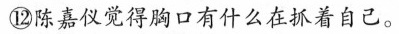
⑫嘉觉得胸口有什么在抓着自己。